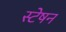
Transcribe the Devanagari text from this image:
स्टेषन